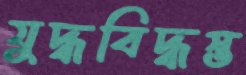
যুদ্ধবিদ্ধস্ত